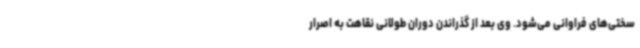
سختی‌های فراوانی می‌شود. وی بعد از گذراندن دوران طولانی نقاهت به اصرار